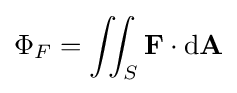
\Phi _{F}=\iint _{S}\mathbf {F} \cdot \mathrm {d} \mathbf {A}